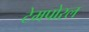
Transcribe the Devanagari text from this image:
टेमपोरल